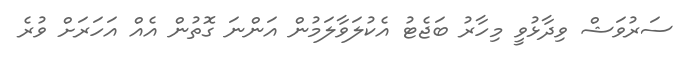
ސަރުވަޝް ވިދާޅުވީ މިހާރު ބަޖެޓު އެކުލަވާލަމުން އަންނަ ގޮތުން އެއް އަހަރަށް ވުރެ